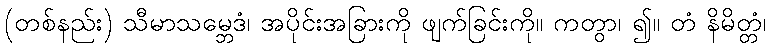
(တစ်နည်း) သီမာသမ္ဘေဒံ၊ အပိုင်းအခြားကို ဖျက်ခြင်းကို။ ကတွာ၊ ၍။ တံ နိမိတ္တံ၊